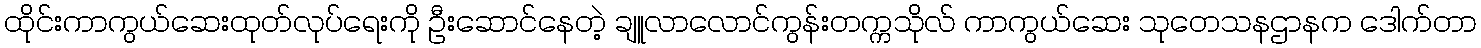
ထိုင်းကာကွယ်ဆေးထုတ်လုပ်ရေးကို ဦးဆောင်နေတဲ့ ချူလာလောင်ကွန်းတက္ကသိုလ် ကာကွယ်ဆေး သုတေသနဌာနက ဒေါက်တာ